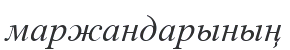
маржандарының